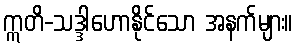
ဣတိ-သဒ္ဒါဟောနိုင်သော အနက်များ။